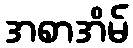
အစာအိမ်